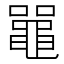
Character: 𫜝